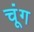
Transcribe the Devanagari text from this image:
चूंग